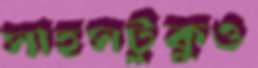
সাহসটুকুও